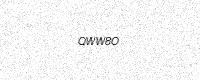
Text: QWW8O